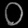
Digit: ၀